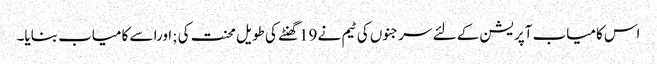
اس کامیاب آپریشن کے لئے سرجنوں کی ٹیم نے 19گھنٹے کی طویل محنت کی ;اورا سے کامیاب بنایا۔